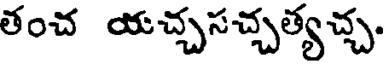
తంచ యచ్చసచ్చత్యచ్చ.